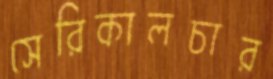
সেরিকালচার